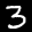
Label: 3